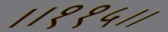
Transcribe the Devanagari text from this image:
।।११५।।